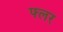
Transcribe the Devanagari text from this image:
फ्लर